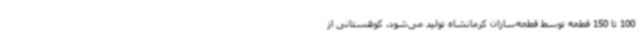
100 تا 150 قطعه توسط قطعه‌سازان کرمانشاه تولید می‌شود. کوهستانی از